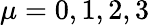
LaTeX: \mu=0,1,2,3